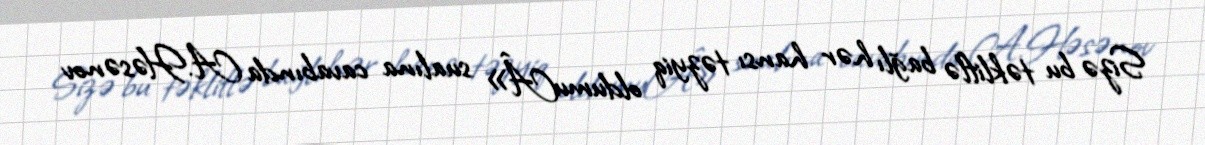
Sizə bu təkliflə bağlı hər hansı təzyiq oldumuÂ» sualına cavabında A.Həsənov